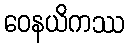
ဝေနယိကဿ